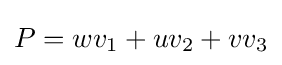
P=wv_{1}+uv_{2}+vv_{3}